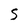
Character: 5